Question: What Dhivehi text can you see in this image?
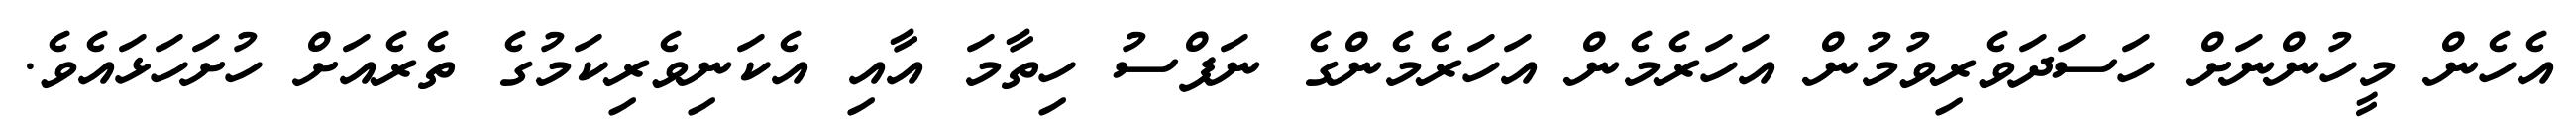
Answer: އެހެން މީހުންނަށް ހަސަދަވެރިވުމުން އަހަރެމެން އަހަރެމެންގެ ނަފްސު ހިތާމަ އާއި އެކަނިވެރިކަމުގެ ތެރެއަށް ހުށަހަޅައެވެ.